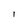
Character: l